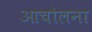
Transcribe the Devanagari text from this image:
आचोलना